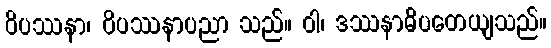
ဝိပဿနာ၊ ဝိပဿနာပညာ သည်။ ဝါ၊ ဒဿနာဓိပတေယျသည်။